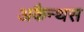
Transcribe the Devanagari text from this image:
अकैन्थस